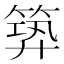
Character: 𥯹